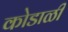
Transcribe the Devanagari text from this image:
कोडाळी